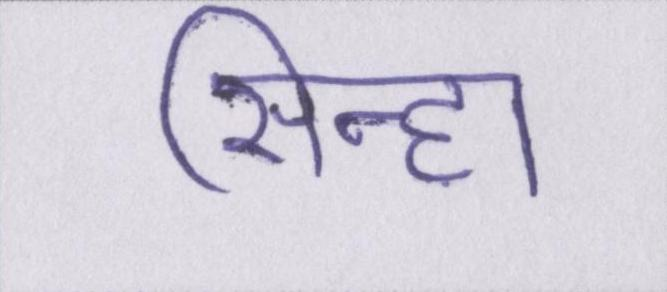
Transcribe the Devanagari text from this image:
सिन्हा